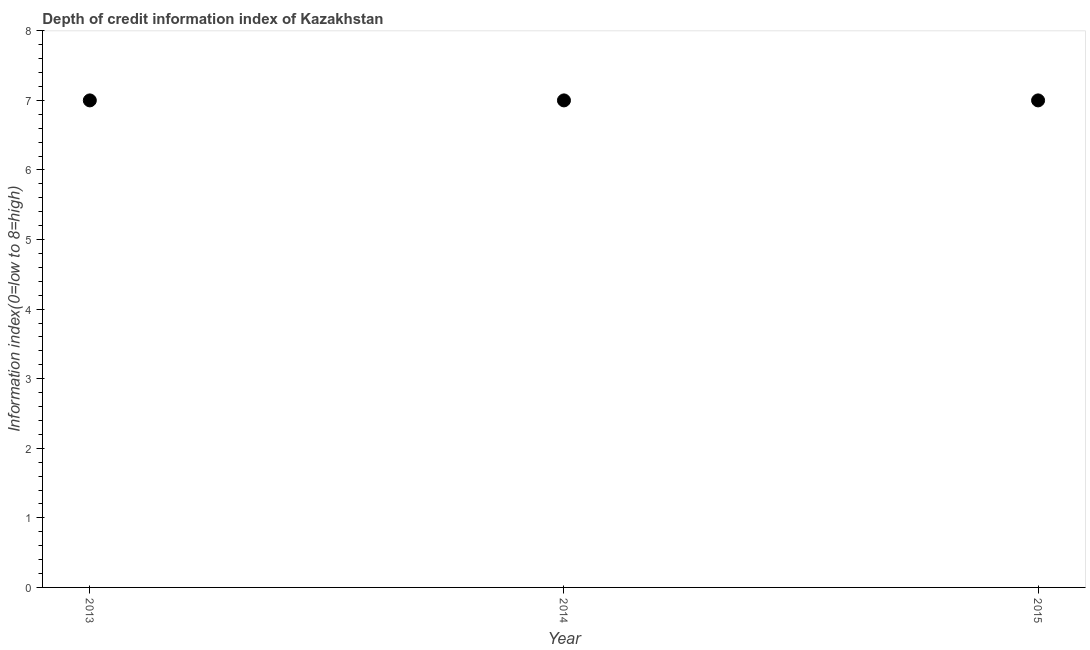
| Year | Depth of credit information index |
 | --- | --- |
 | 2013 | 7 |
 | 2014 | 7 |
 | 2015 | 7 |